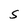
Character: S